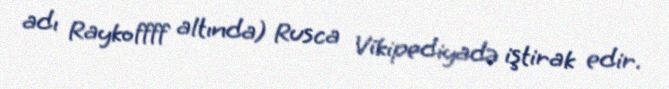
adı Raykoffff altında) Rusca Vikipediyadə iştirak edir.